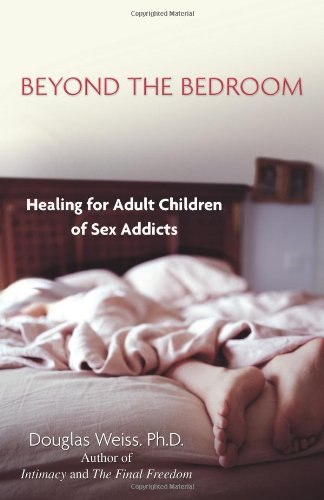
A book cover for Beyond the Bedroom: Healing for Adult Children of Sex Addicts; Douglas Weiss; Health, Fitness & Dieting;